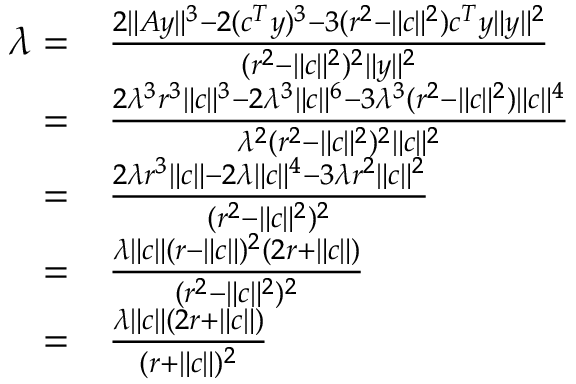
\begin{array} { r l } { \lambda = } & { \frac { 2 \| A y \| ^ { 3 } - 2 ( c ^ { T } y ) ^ { 3 } - 3 ( r ^ { 2 } - \| c \| ^ { 2 } ) c ^ { T } y \| y \| ^ { 2 } } { ( r ^ { 2 } - \| c \| ^ { 2 } ) ^ { 2 } \| y \| ^ { 2 } } } \\ { = } & { \frac { 2 \lambda ^ { 3 } r ^ { 3 } \| c \| ^ { 3 } - 2 \lambda ^ { 3 } \| c \| ^ { 6 } - 3 \lambda ^ { 3 } ( r ^ { 2 } - \| c \| ^ { 2 } ) \| c \| ^ { 4 } } { \lambda ^ { 2 } ( r ^ { 2 } - \| c \| ^ { 2 } ) ^ { 2 } \| c \| ^ { 2 } } } \\ { = } & { \frac { 2 \lambda r ^ { 3 } \| c \| - 2 \lambda \| c \| ^ { 4 } - 3 \lambda r ^ { 2 } \| c \| ^ { 2 } } { ( r ^ { 2 } - \| c \| ^ { 2 } ) ^ { 2 } } } \\ { = } & { \frac { \lambda \| c \| ( r - \| c \| ) ^ { 2 } ( 2 r + \| c \| ) } { ( r ^ { 2 } - \| c \| ^ { 2 } ) ^ { 2 } } } \\ { = } & { \frac { \lambda \| c \| ( 2 r + \| c \| ) } { ( r + \| c \| ) ^ { 2 } } } \end{array}